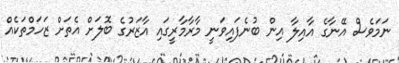
ނަމަވެސް އޭނާގެ އާއިލާ އިން ބުނެފައިވަނީ މާރާމާރީގައި އާޒަރުގެ ބޮލަށް އެތަށް ޒަހަމްތަކެއް